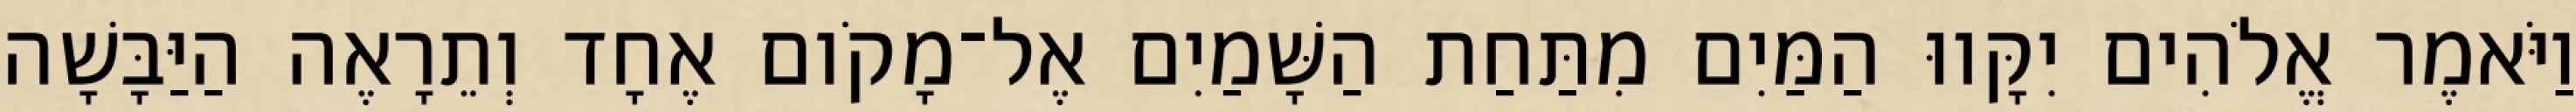
וַיֹּאמֶר אֱלֹהִים יִקָּווּ הַמַּיִם מִתַּחַת הַשָּׁמַיִם אֶל־מָקֹום אֶחָד וְתֵרָאֶה הַיַּבָּשָׁה